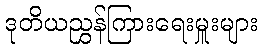
ဒုတိယညွှန်ကြားရေးမှူးများ